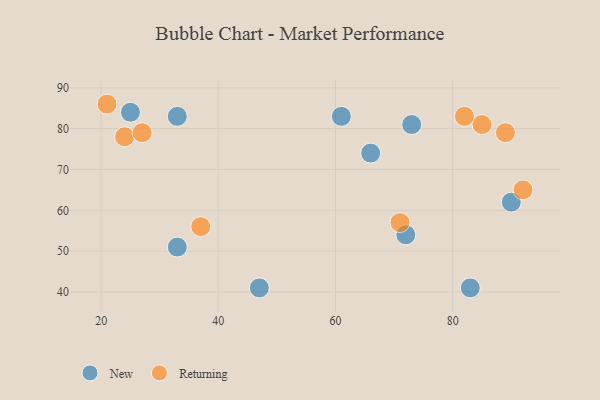
{"axis": {"x": "GDP", "y": "Life Expectancy"}, "legend": ["New", "Returning"], "data": [{"x": "61", "y": 83, "type": "New"}, {"x": "72", "y": 54, "type": "New"}, {"x": "90", "y": 62, "type": "New"}, {"x": "33", "y": 83, "type": "New"}, {"x": "47", "y": 41, "type": "New"}, {"x": "83", "y": 41, "type": "New"}, {"x": "66", "y": 74, "type": "New"}, {"x": "33", "y": 51, "type": "New"}, {"x": "73", "y": 81, "type": "New"}, {"x": "25", "y": 84, "type": "New"}, {"x": "24", "y": 78, "type": "Returning"}, {"x": "27", "y": 79, "type": "Returning"}, {"x": "37", "y": 56, "type": "Returning"}, {"x": "85", "y": 81, "type": "Returning"}, {"x": "89", "y": 79, "type": "Returning"}, {"x": "92", "y": 65, "type": "Returning"}, {"x": "71", "y": 57, "type": "Returning"}, {"x": "82", "y": 83, "type": "Returning"}, {"x": "21", "y": 86, "type": "Returning"}]}